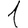
Digit: 1